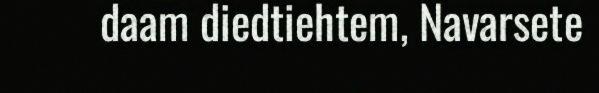
daam diedtiehtem, Navarsete